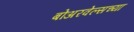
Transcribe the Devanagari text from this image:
बोअरवेल्सच्या